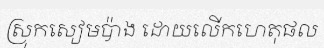
ស្រុកសៀមប៉ាង ដោយលើកហេតុផល